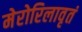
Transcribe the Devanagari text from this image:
मेरोरिलावृतं